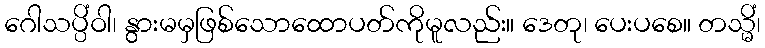
ဂေါသပ္ပိံဝါ၊ နွားမမှဖြစ်သောထောပတ်ကိုမူလည်း။ ဒေတု၊ ပေးပစေ။ တသ္မိံ၊